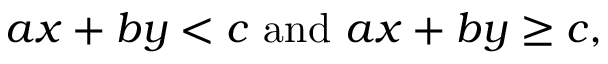
a x + b y < c { \mathrm { ~ a n d ~ } } a x + b y \geq c ,